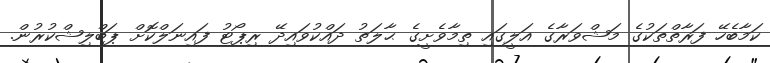
ކަމާބެހޭ ފަރާތްތަކުގެ މަޝްވަރާގެ އަލީގައި ތިމާވެށީގެ ޙާލަތު ދައްކުވައިދޭ ރިޕޯޓު ފައިނަލްކޮށް ޕަބްލިޝްކުރުން.